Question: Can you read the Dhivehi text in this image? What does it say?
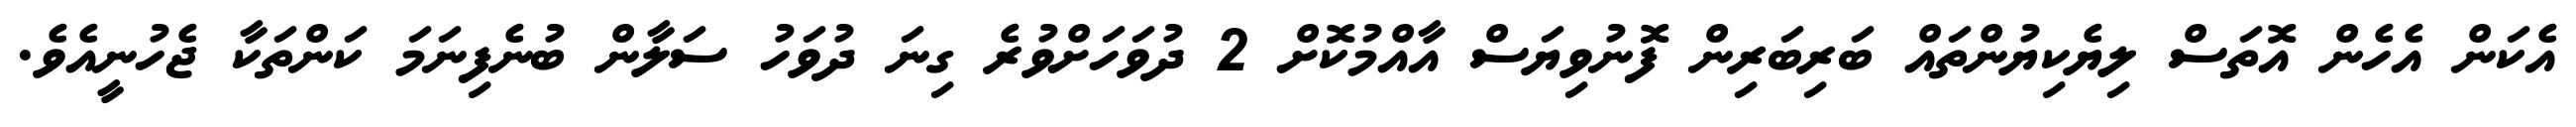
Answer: އެކަން އެހެން އޮތަސް ލިޔެކިޔުންތައް ބަރިބަރިން ފޮނުވިޔަސް އާއްމުކޮށް 2 ދުވަހަށްވުރެ ގިނަ ދުވަހު ސަލާން ބުނެފިނަމަ ކަންތަކާ ޖެހުނީއެވެ.